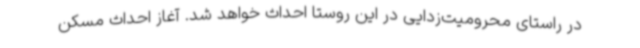
در راستای محرومیت‌زدایی در این روستا احداث خواهد شد. آغاز احداث مسکن‌